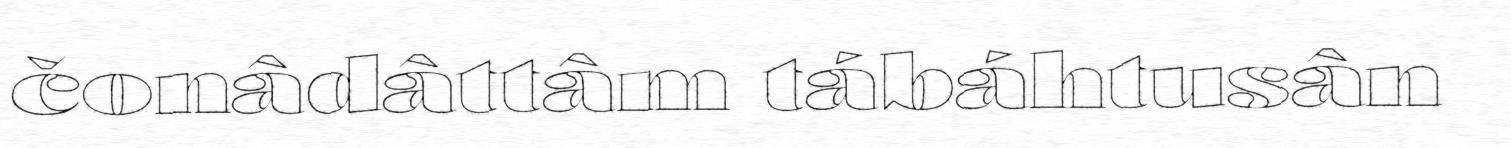
čonâdâttâm tábáhtusân